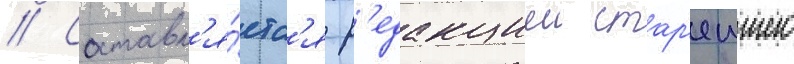
// Составл'я́етс'я р'едакциеи стар'еишего